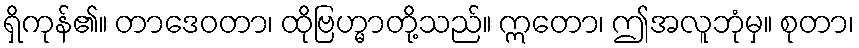
ရှိကုန်၏။ တာဒေဝတာ၊ ထိုဗြဟ္မာတို့သည်။ ဣတော၊ ဤအလူဘုံမှ။ စုတာ၊